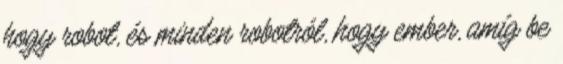
hogy robot, és minden robotról, hogy ember, amíg be